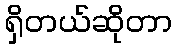
ရှိတယ်ဆိုတာ